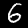
Label: 6